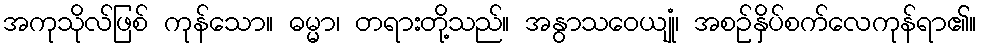
အကုသိုလ်ဖြစ် ကုန်သော။ ဓမ္မာ၊ တရားတို့သည်။ အနွာသဝေယျုံ၊ အစဉ်နှိပ်စက်လေကုန်ရာ၏။